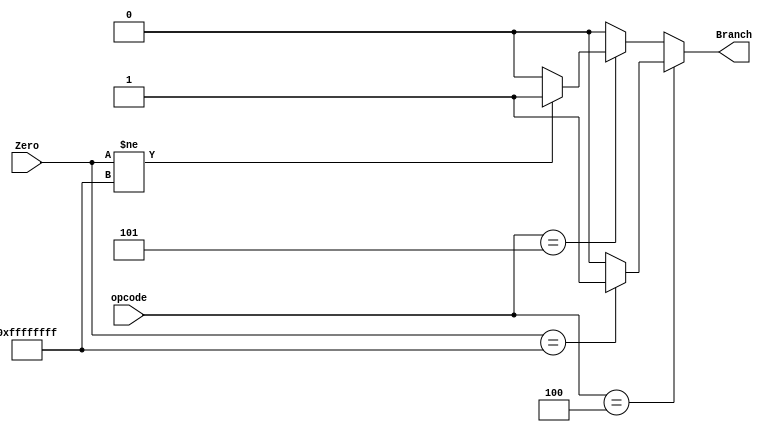
/*Branch_calc Branch_top(
		.opcode(ID_Instruction[31:26]),	//IN
		.Zero(Zero),			//IN
		.out(Branch)			//OUT
	);
*/

module Branch_calc(opcode, Zero, Branch);
	input [5:0] opcode;
	input [31:0] Zero; //From XNOR gate
	output reg Branch;

	always@(opcode or Zero)
	begin

		if (opcode == 6'b000100) //beq
		begin
			if(Zero == 32'hffffffff) Branch <= 1'b1;
			else Branch <= 1'b0;
		end

		else if (opcode == 6'b000101) //bne
		begin
			if(Zero != 32'hffffffff) Branch <= 1'b1;
			else Branch <= 1'b0;
		end

		else Branch <= 1'b0;
	end

endmodule